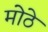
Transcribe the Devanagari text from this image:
मोेठे